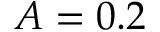
A = 0 . 2